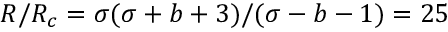
R / R _ { c } = \sigma ( \sigma + b + 3 ) / ( \sigma - b - 1 ) = 2 5